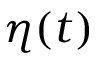
\eta ( t )